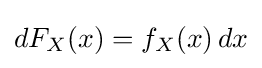
dF_{X}(x)=f_{X}(x)\,dx